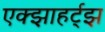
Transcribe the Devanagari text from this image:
एक्झाहर्ट्‌झ